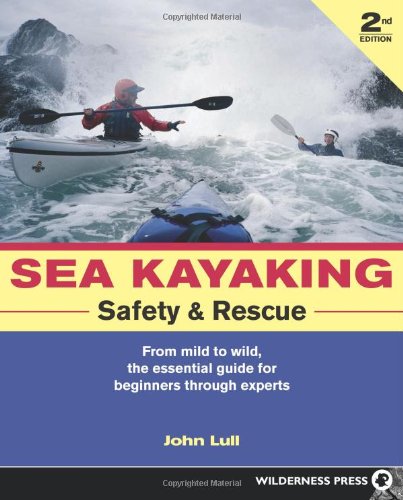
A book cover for Sea Kayaking Safety & Rescue: From Mild to Wild Conditons, the Essential Guide for Beginners Through Experts; John Lull; Sports & Outdoors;